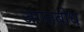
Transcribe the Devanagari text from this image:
जगतबोध